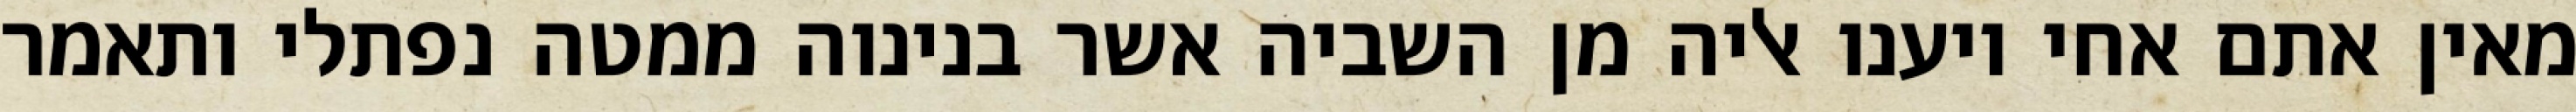
מאין אתם אחי ויענו אליה מן השביה אשר בנינוה ממטה נפתלי ותאמר